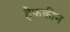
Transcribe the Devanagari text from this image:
हैफकीन